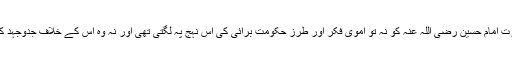
اس کا ایک مطلب یہ بھی بنتا ہے کہ گویا حضرت امام حسین رضی اللہ عنہ کو نہ تو اموی فکر اور طرز حکومت برائی کی اس نہج پہ لگتی تھی اور نہ وہ اس کے خلاف جدوجہد کو وابستگی خیر کا بنیادی تقاضا سمجھتے تھے۔